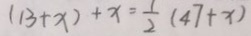
( 1 3 + x ) + x = \frac { 1 } { 2 } ( 4 7 + x )